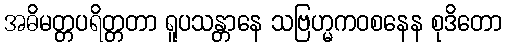
အဓိမတ္တပရိတ္တတာ ရူပသန္တာနေ သဗြဟ္မကဝစနေန စုဒိတော